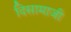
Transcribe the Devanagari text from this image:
दिसामाजी